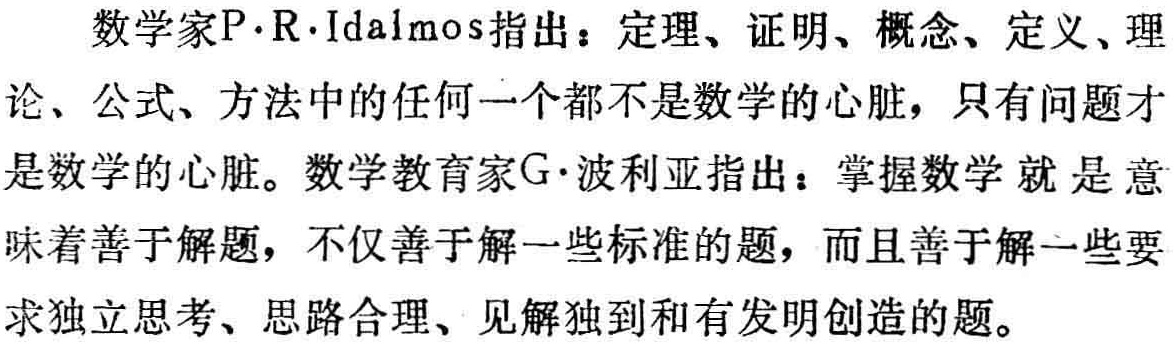
数学家P·R·Idalmos指出：定理、证明、概念、定义、理论、公式、方法中的任何一个都不是数学的心脏，只有问题才是数学的心脏。数学教育家G·波利亚指出：掌握数学 就 是 意味着善于解题，不仅善于解一些标准的题，而且善于解一些要求独立思考、思路合理、见解独到和有发明创造的题。